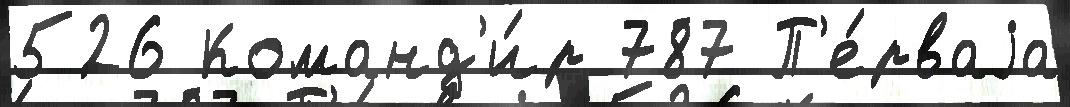
526 Команд'и́р 787 П'е́рваjа